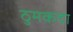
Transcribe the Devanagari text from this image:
ठुमकदा